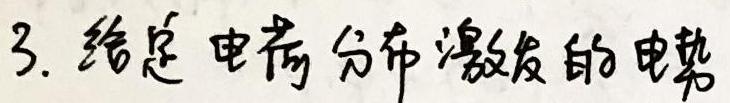
3. 给定电荷分布激发的电势